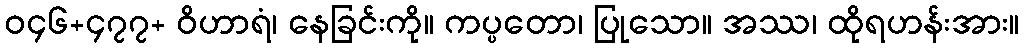
ဝ၄၆+၄၇၇+ ဝိဟာရံ၊ နေခြင်းကို။ ကပ္ပတော၊ ပြုသော။ အဿ၊ ထိုရဟန်းအား။